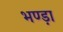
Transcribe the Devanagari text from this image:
भण्ड़ा